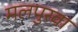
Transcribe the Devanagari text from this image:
मलपुरवा